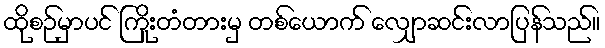
ထိုစဉ်မှာပင် ကြိုးတံတားမှ တစ်ယောက် လျှောဆင်းလာပြန်သည်။